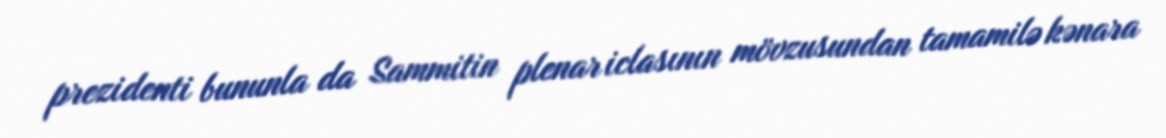
prezidenti bununla da Sammitin plenar iclasının mövzusundan tamamilə kənara